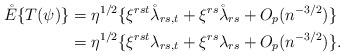
LaTeX: \begin{align*}\mathring E\{T(\psi)\}&=\eta^{1/2}\{\xi^{rst}\mathring\lambda_{rs,t}+\xi^{rs}\mathring\lambda_{rs}+O_p(n^{-3/2})\}\\&=\eta^{1/2}\{\xi^{rst}\lambda_{rs,t}+\xi^{rs}\lambda_{rs}+O_p(n^{-3/2})\}.\end{align*}